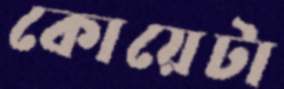
কোয়েটা